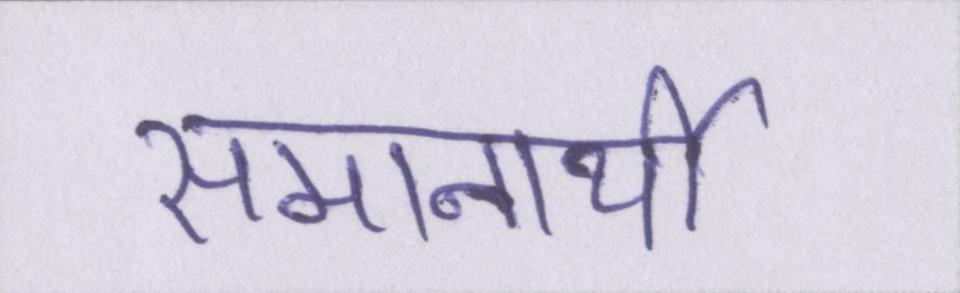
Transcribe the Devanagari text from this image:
समानार्थी